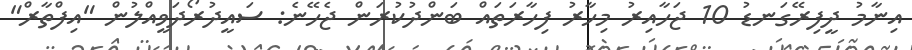
އިނާމު ދީފިރޭގަނޑު 10 ޖަހާއިރު މިހާރު ފިހާރަތައް ބަންދުކުރަން ޖެހޭނެ: ސައީދުރޯދަވީއްލުން "އިފްތާރް"